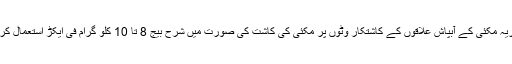
بہاریہ مکئی کے آبپاش علاقوں کے کاشتکار وٹوں پر مکئی کی کاشت کی صورت میں شرح بیج 8 تا 10 کلو گرام فی ایکڑ استعمال کریں۔